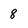
Character: 8